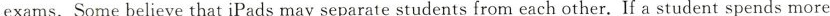
exams. Some believe that iPads may separate students from each other. If a student spends more